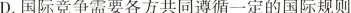
D.国际竞争需要各方共同遵循一定的国际规则